Vaccination in the Punjab 1919-1929 - 1919-1929
Year: 1919
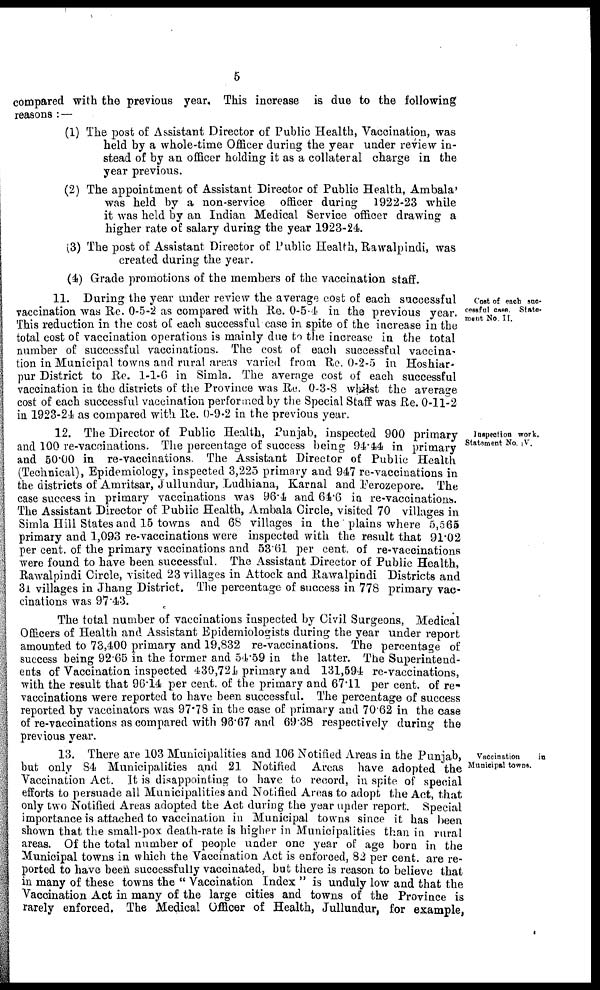
5
compared with the previous year. This increase is due to the following
reasons : —
(1) The post of Assistant Director of Public Health, Vaccination, was
held by a whole-time Officer during the year under review in-
stead of by an officer holding it as a collateral charge in the
year previous.
(2) The appointment of Assistant Director of Public Health, Ambala'
was held by a non-service officer during 1922-23 while
it was held by an Indian Medical Service officer drawing a
higher rate of salary during the year 1923-24.
(3) The post of Assistant Director of Public Health, Rawalpindi, was
created during the year.
(4) Grade promotions of the members of the vaccination staff.
Cost of each suc-
cessful case. State¬
ment No. II.
11. During the year under review the average cost of each successful
vaccination was Re. 0-5-2 as compared with Re. 0-5-4 in the previous year.
This reduction in the cost of each successful case in spite of the increase in the
total cost of vaccination operations is mainly due to the increase in the total
number of successful vaccinations. The cost of each successful vaccina-
tion in Municipal towns and rural areas varied from Re. 0-2-5 in Hoshiar¬
pur District to Re. 1-1-6 in Simla. The average cost of each successful
vaccination in the districts of the Province was Re. 0-3-8 whilst the average
cost of each successful vaccination performed by the Special Staff was Re. 0-11-2
in 1923-24 as compared with Re. 0-9-2 in the previous year.
Inspection work.
Statement No, IV.
12. The Director of Public Health, Punjab, inspected 900 primary
and 100 re-vaccinations. The percentage of success being 94.44 in primary
and 50.00 in re-vaccinations. The Assistant Director of Public Health
(Technical), Epidemiology, inspected 3,225 primary and 947 re-vaccinations in
the districts of Amritsar, Jullundur, Ludhiana, Karnal and Ferozepore. The
case success in primary vaccinations was 96.4 and 64.6 in re-vaccinations.
The Assistant Director of Public Health, Ambala Circle, visited 70 villages in
Simla Hill States and 15 towns and 68 villages in the plains where 5,565
primary and 1,093 re-vaccinations were inspected with the result that 91.02
per cent. of the primary vaccinations and 53.61 per cent. of re-vaccinations
were found to have been successful. The Assistant Director of Public Health,
Rawalpindi Circle, visited 23 villages in Attock and Rawalpindi Districts and
31 villages in Jhang District. The percentage of success in 778 primary vac-
cinations was 97.43.
The total number of vaccinations inspected by Civil Surgeons, Medical
Officers of Health and Assistant Epidemiologists during the year under report
amounted to 73,400 primary and 19,832 re-vaccinations. The percentage of
success being 92.65 in the former and 54.59 in the latter. The Superintend-
ents of Vaccination inspected 430,724 primary and 131,594 re-vaccinations,
with the result that 96.14 per cent. of the primary and 67.11 per cent. of re¬
vaccinations were reported to have been successful. The percentage of success
reported by vaccinators was 97.78 in the case of primary and 70.62 in the case
of re-vaccinations as compared with 98.67 and 69.38 respectively during the
previous year.
Vaccination
in
Municipal towns.
13. There are 103 Municipalities and 106 Notified Areas in the Punjab,
but only 84 Municipalities and 21 Notified Areas have adopted the
Vaccination Act. It is disappointing to have to record, in spite of special
efforts to persuade all Municipalities and Notified Areas to adopt the Act, that
only two Notified Areas adopted the Act during the year under report. Special
importance is attached to vaccination in Municipal towns since it has been
shown that the small-pox death-rate is higher in Municipalities than in rural
areas. Of the total number of people under one year of age born in the
Municipal towns in which the Vaccination Act is enforced, 82 per cent. are re-
ported to have been successfully vaccinated, but there is reason to believe that
in many of these towns the " Vaccination Index " is unduly low and that the
Vaccination Act in many of the large cities and towns of the Province is
rarely enforced. The Medical Officer of Health, Jullundur, for example,